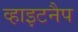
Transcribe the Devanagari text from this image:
व्हाइटनैप